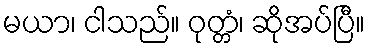
မယာ၊ ငါသည်။ ဝုတ္တံ၊ ဆိုအပ်ပြီ။